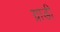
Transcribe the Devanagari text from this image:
ग्राडी